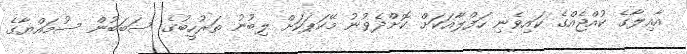
އާއިލާގެ ކުއްޖެއްގެ ކައިވެނި ހަފްލާއަކަށް ކޮށްދެވުނު މޭކަޕަކަށް ލިބުނު ތަރުހީބުގެ ސަބަބުން ސުމައްޔާގެ